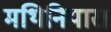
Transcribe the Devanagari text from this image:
मथिनियार।